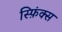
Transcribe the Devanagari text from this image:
स्फ़िंक्स